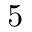
5